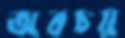
অবচয়